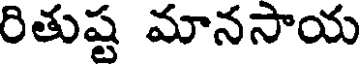
రితుష్ట మానసాయ